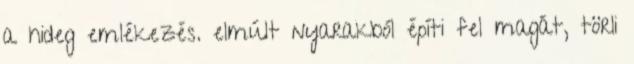
a hideg emlékezés. elmúlt nyarakból építi fel magát, törli